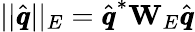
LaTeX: ||\hat{\pmb q}||_{E}=\hat{\pmb q}^{*}\mathbf{W}_{E}\hat{\pmb q}